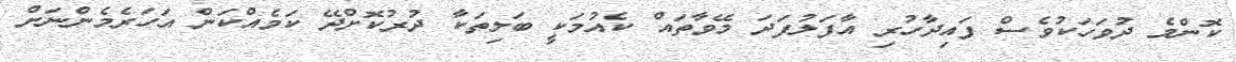
ކޮންމެ ދުވަހަކުވެސް ފައިދާހުރި އާފަލުފަދަ މޭވާތައް ކެއުމަކީ ބަލިތަކާ ދުރުކޮށްދޭ ކަމެއްކަން އަހަރެމެންނަށް